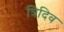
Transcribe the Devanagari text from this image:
त्रिदिव